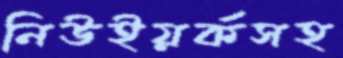
নিউইয়র্কসহ